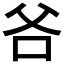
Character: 𭶻